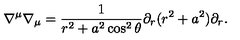
\nabla ^ { \mu } \nabla _ { \mu } = \frac 1 { r ^ { 2 } + a ^ { 2 } \cos ^ { 2 } \theta } \partial _ { r } ( r ^ { 2 } + a ^ { 2 } ) \partial _ { r } .